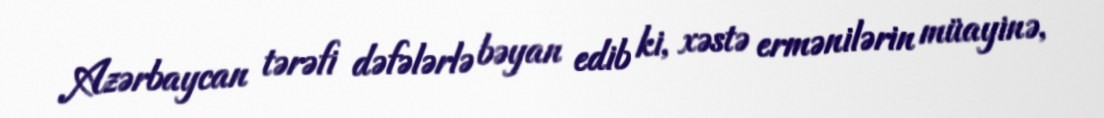
Azərbaycan tərəfi dəfələrlə bəyan edib ki, xəstə ermənilərin müayinə,